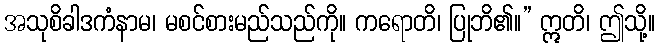
အသုစိခါဒကံနာမ၊ မစင်စားမည်သည်ကို။ ကရောတိ၊ ပြုဘိ၏။” ဣတိ၊ ဤသို့။